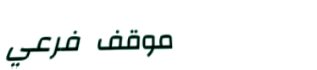
موقف فرعي